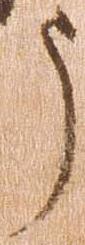
う